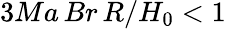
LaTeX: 3Ma\, Br\, R/H_{0}<1